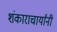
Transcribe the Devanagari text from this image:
शंकाराचार्यांनी